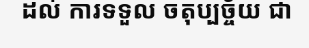
ដល់ ការទទួល ចតុប្បច្ច័យ ជា